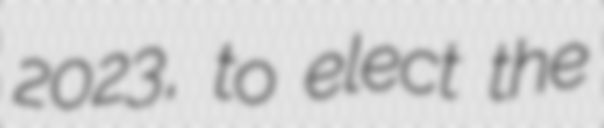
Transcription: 2023, to elect the